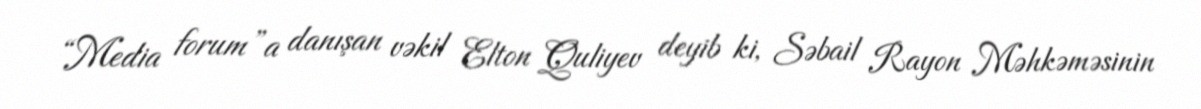
“Media forum”a danışan vəkil Elton Quliyev deyib ki, Səbail Rayon Məhkəməsinin